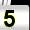
Digit: 5